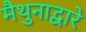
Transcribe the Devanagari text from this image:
मैथुनाद्वारे